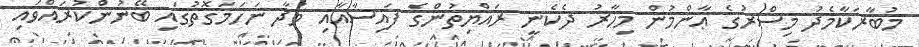
މުބާރަކާމެދު މިސްރުގެ ޢާންމުން މިހާރު ދެކެނީ ރައްޔިތުންގެ ފައިސާއާއި މުދާ ނަހަމަގޮތުގައި ބޭނުންކުރައްވައި